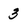
Character: 3